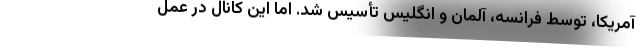
آمریکا، توسط فرانسه، آلمان و انگلیس تأسیس شد. اما این کانال در عمل